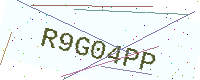
Text: R9G04PP